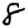
Digit: 8